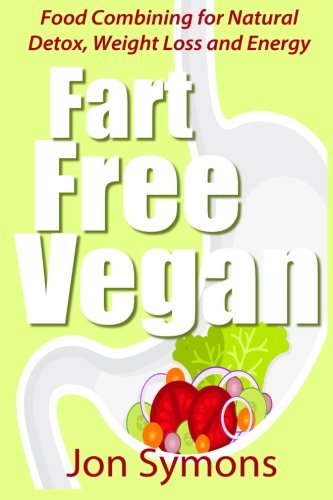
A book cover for Fart Free Vegan: Food Combining for Detox, Weight Loss and More Energy; Jon Symons; Health, Fitness & Dieting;